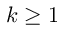
k \geq 1